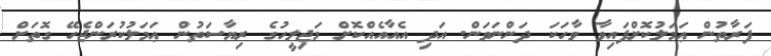
ފަރާތުން ޢަމަލުކޮށްފައިވާ ވާހަކަ ދަންނަވަން. އަދި އެއާއެއްކޮށް މަޖިލީހުގެ ރިޔާސަތުން ޢަމަލުކުރަންޖެހޭ ގޮތަށް